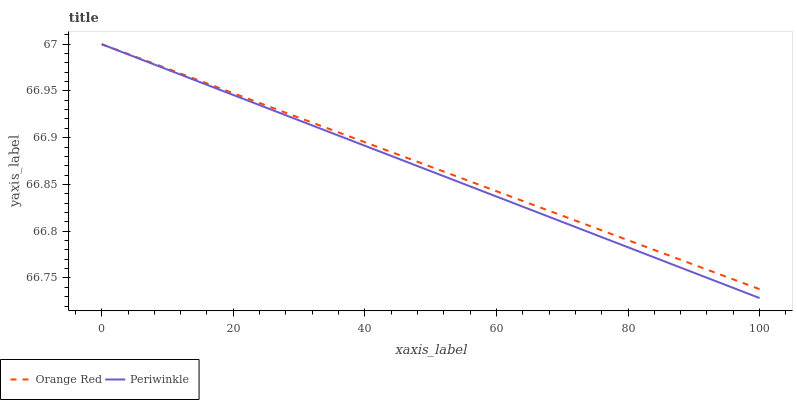
| xaxis_label | Orange Red | Periwinkle |
 | --- | --- | --- |
 | 0 | 67 | 67 |
 | 6.25 | 67 | 67 |
 | 12.5 | 67 | 67 |
 | 18.8 | 67 | 66.9 |
 | 25 | 66.9 | 66.9 |
 | 31.2 | 66.9 | 66.9 |
 | 37.5 | 66.9 | 66.9 |
 | 43.8 | 66.9 | 66.9 |
 | 50 | 66.9 | 66.9 |
 | 56.2 | 66.9 | 66.8 |
 | 62.5 | 66.8 | 66.8 |
 | 68.8 | 66.8 | 66.8 |
 | 75 | 66.8 | 66.8 |
 | 81.2 | 66.8 | 66.8 |
 | 87.5 | 66.8 | 66.8 |
 | 93.8 | 66.8 | 66.7 |
 | 100 | 66.7 | 66.7 |